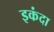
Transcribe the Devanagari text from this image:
इकंदा